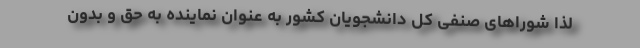
لذا شوراهای صنفی کل دانشجویان کشور به عنوان نماینده به حق و بدون